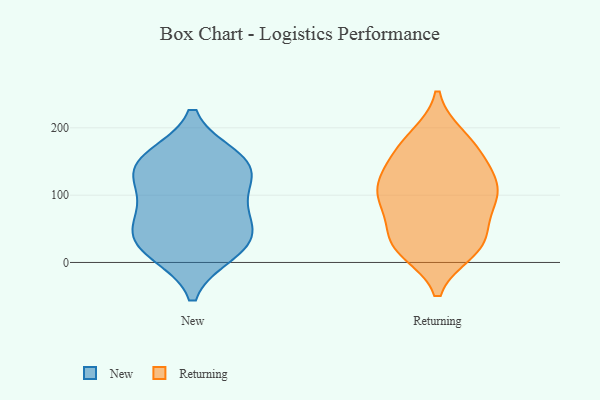
{"axis": {"x": "Backlog", "y": "Value"}, "legend": ["New", "Returning"], "data": [{"x": "", "y": 83, "type": "New"}, {"x": "", "y": 61, "type": "New"}, {"x": "", "y": 150, "type": "New"}, {"x": "", "y": 24, "type": "New"}, {"x": "", "y": 15, "type": "New"}, {"x": "", "y": 155, "type": "New"}, {"x": "", "y": 110, "type": "New"}, {"x": "", "y": 49, "type": "New"}, {"x": "", "y": 140, "type": "New"}, {"x": "", "y": 140, "type": "New"}, {"x": "", "y": 27, "type": "New"}, {"x": "", "y": 19, "type": "Returning"}, {"x": "", "y": 21, "type": "Returning"}, {"x": "", "y": 100, "type": "Returning"}, {"x": "", "y": 171, "type": "Returning"}, {"x": "", "y": 185, "type": "Returning"}, {"x": "", "y": 106, "type": "Returning"}, {"x": "", "y": 42, "type": "Returning"}, {"x": "", "y": 154, "type": "Returning"}, {"x": "", "y": 137, "type": "Returning"}, {"x": "", "y": 187, "type": "Returning"}, {"x": "", "y": 17, "type": "Returning"}, {"x": "", "y": 98, "type": "Returning"}, {"x": "", "y": 105, "type": "Returning"}, {"x": "", "y": 41, "type": "Returning"}, {"x": "", "y": 30, "type": "Returning"}, {"x": "", "y": 89, "type": "Returning"}, {"x": "", "y": 117, "type": "Returning"}, {"x": "", "y": 143, "type": "Returning"}, {"x": "", "y": 76, "type": "Returning"}]}